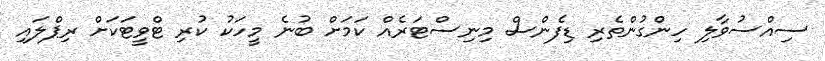
ސިއްސުވާލި ހިންގުންތެރި ޑިފެންސް މިނިސްޓަރެއް ކަމަށް ބުނެ މީހަކު ކުރި ޓްވީޓަކަށް ރިޕްލައި